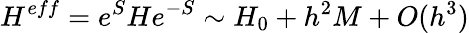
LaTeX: H^{eff}=e^{S}He^{-S}\sim H_{0}+h^{2}M+O(h^{3})